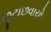
છૂટાછવાયો